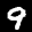
Label: 9